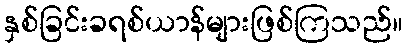
နှစ်ခြင်းခရစ်ယာန်များဖြစ်ကြသည်။